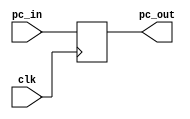
`timescale 1ns / 1ps


module PC_IF(
    input [31:0] pc_in,
	 input clk,
    output [31:0] pc_out
    
    );

reg [31:0] pc1=0;
               
assign pc_out = pc1;
					
always@(posedge clk)
	begin

	#8 pc1 = pc_in;

	end

endmodule